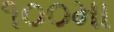
૧૦૦મા